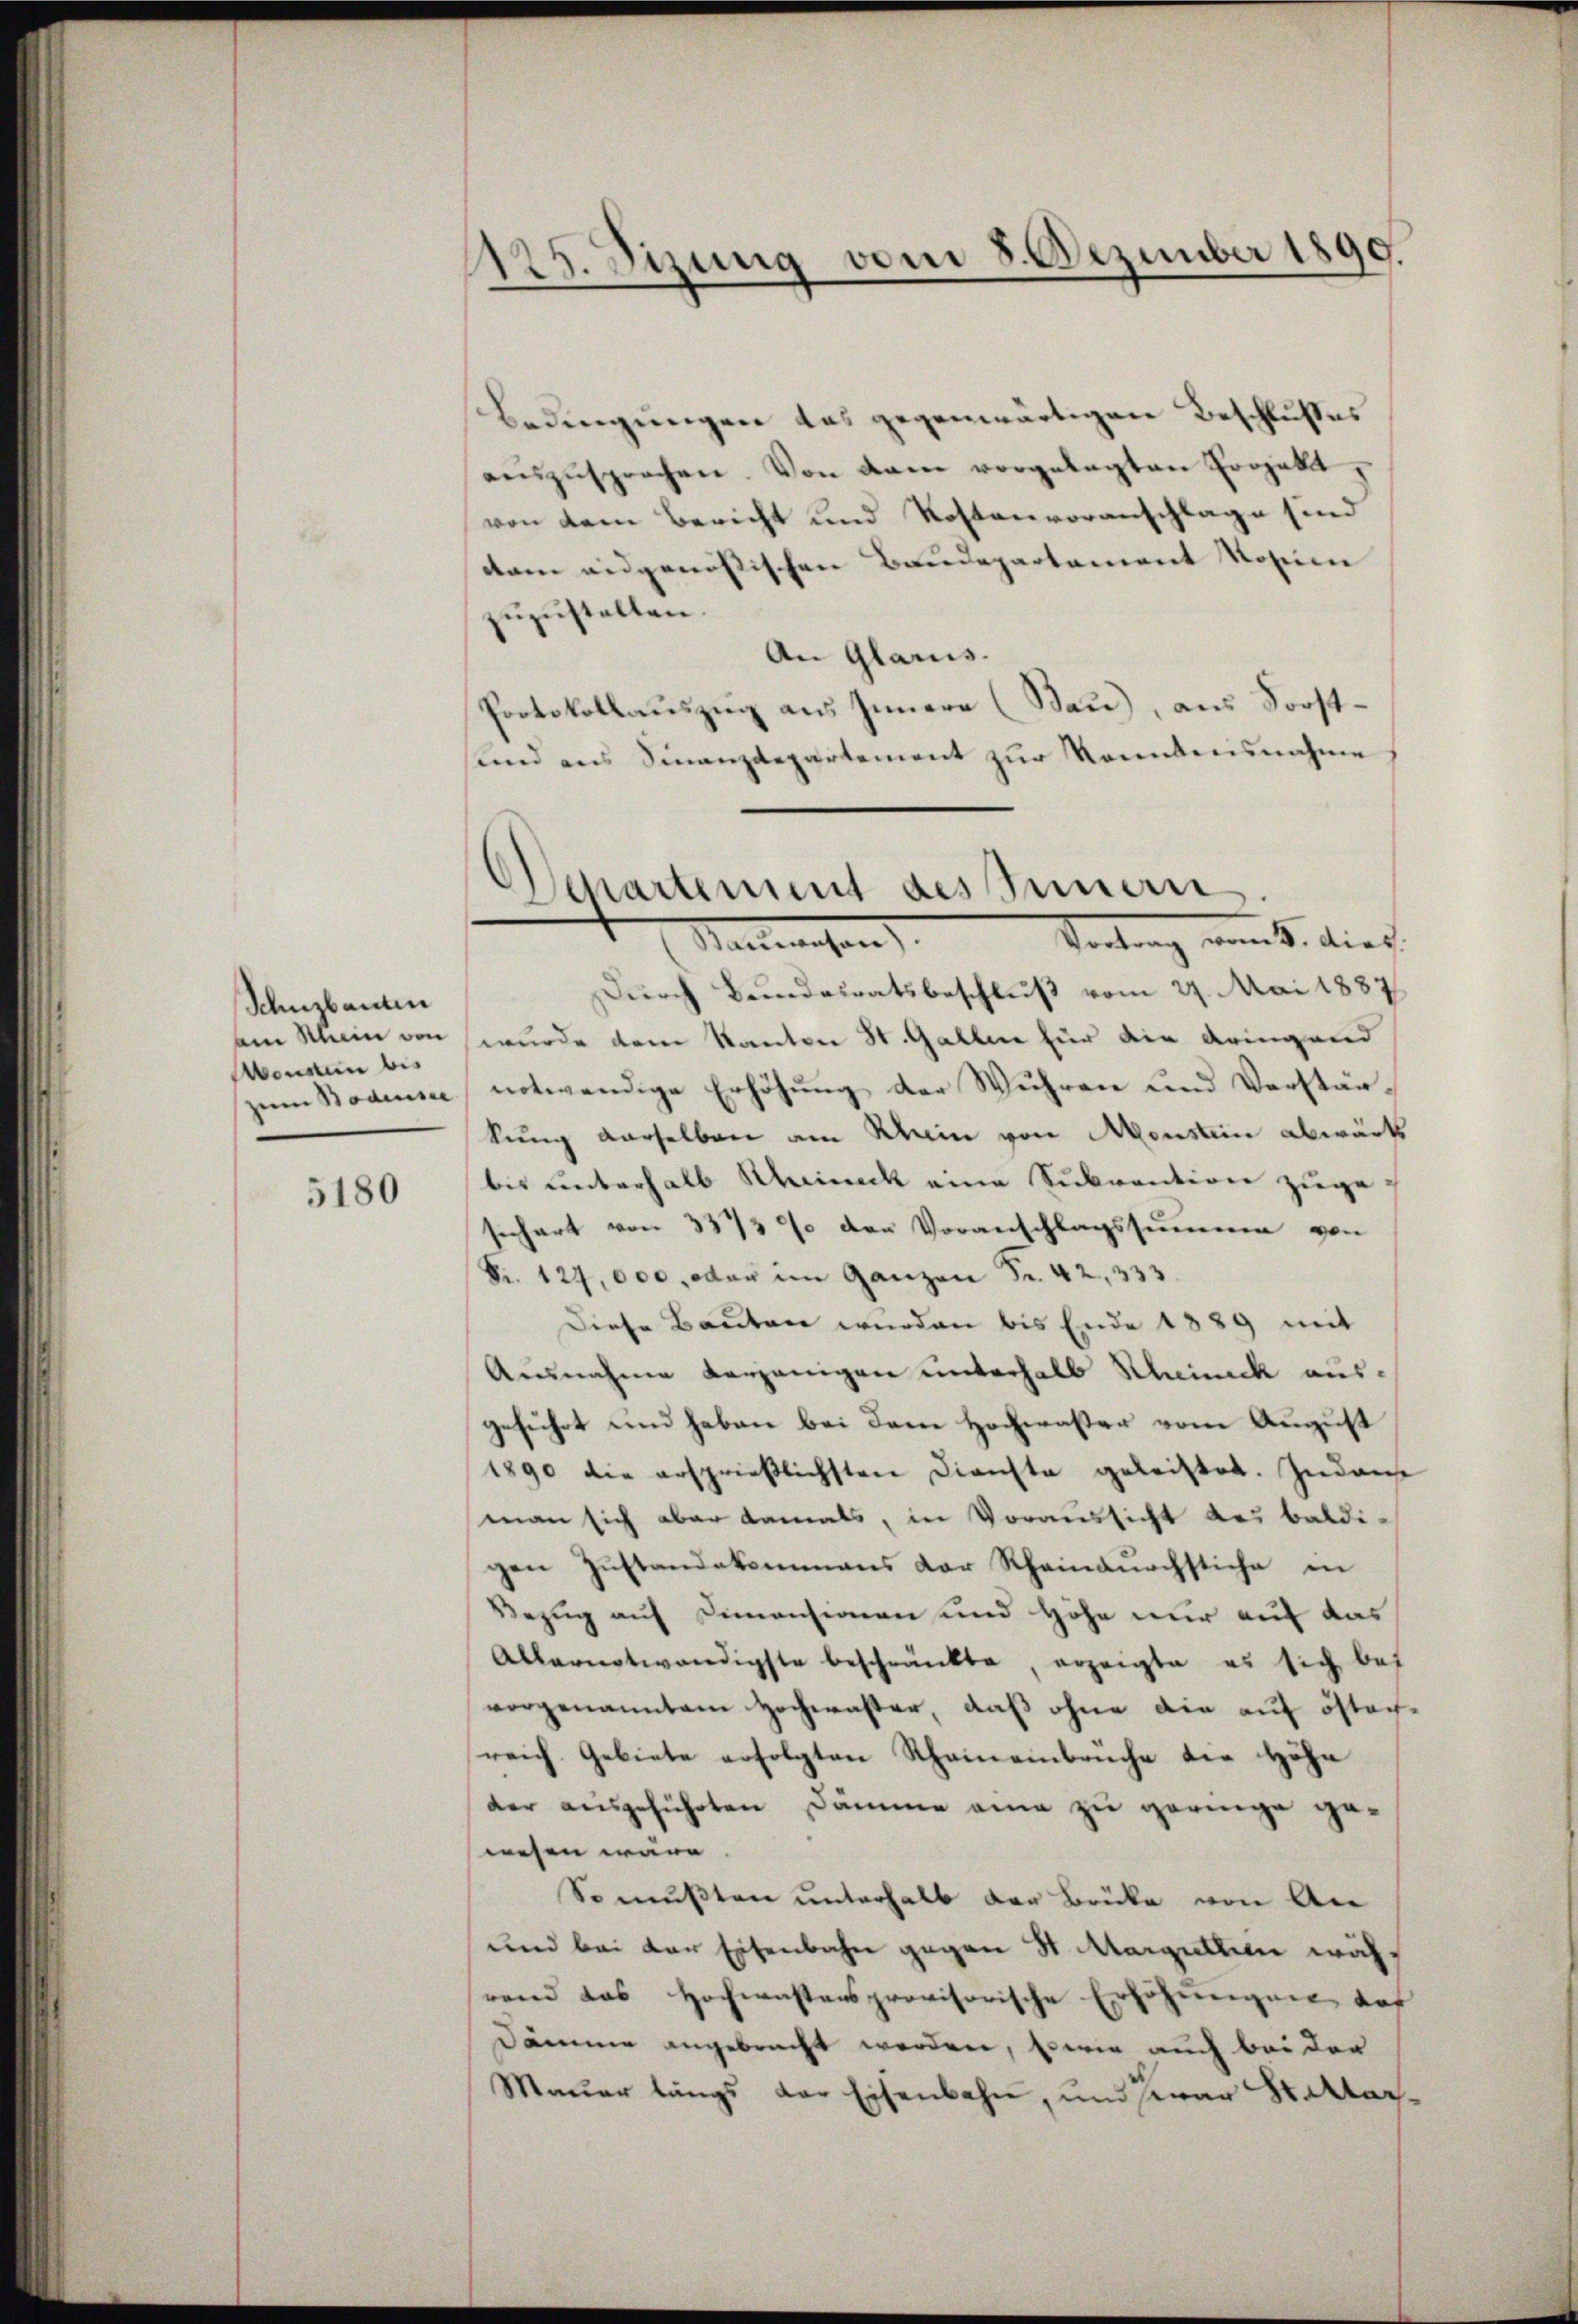
Schnzbauten
am Klein von
Monsten bis
zum Bodensee

5180

1125. Sizung vom 8. Dezember 1890.

Departement des Innern
Vertrag von S. dies
Macieusen

Bedingungen das gegenwärtigen Beschlußes
aŭszŭsprochen. Von dem vorgelegten Projekt,
von dem Bericht und Kostenvoranschlage sind
dam eidgenössischen Baudepartement Rosen
zŭzŭstellen.
An Glarus.
Protokollauszug aus Innern (Sau), aus Sorstlnd aus Finanzdepartement zur Konntensnahme
Durch Bundesratsbeschluß vom 27. Mai 1887
wurde dem Kanton St. Gallen für die dringend
notwendige Erhöhung der Wuhren und Verstärkung derselben am Klein von Monsten abwärts
bis unterhalb Rheineck eine Subvention zugesichart von 3373 % der Voranschlagssummen von
Nr. 127,000, oder im Ganzen Fr. 42, 333.
Diese Bauten wurden bis Ende 1889 mit
Ausnahme derjenigen unterhalb Scheinck ausgeführt und haben bei dem Hochwasser vom August
1890 die ersprießlichsten Dienste geleistet. Zudans
man sich aber damals, in Voraussicht des baldigen Zustandekommens der Rheindurchstiche in
Bezug auf Dimensionen und Höhe nur auf das
Allernotwendigste beschränkte, erzeigte es sich bei
vorgenanntem Hochwister, daß ohne die auf öfter
reich. Gebiete erfolgten Rheineinbrüche die Höhe
der ausgeführten Dämme ana zu geringe gewesen wäre
So mußten unterhalb der Brücke von An
und bei der Eisenbahn gegen St. Margattin während das Hochwastens provisorische Erhöhnungen das
Dämme angebracht werden, sowie auch bei der
Maŭer längs der Eisenbahn, und zwar Stadtar.